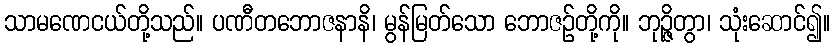
သာမဏေငယ်တို့သည်။ ပဏီတဘောဇနာနိ၊ မွန်မြတ်သော ဘောဇဉ်တို့ကို။ ဘုဉ္ဇိတွာ၊ သုံးဆောင်၍။